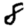
Digit: 8